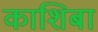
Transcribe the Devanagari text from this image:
काशिबा